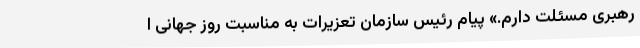
رهبری مسئلت دارم.» پیام رئیس سازمان تعزیرات به مناسبت روز جهانی ا